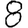
Digit: 8